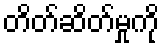
တိတ်ဆိတ်မှုကို